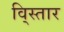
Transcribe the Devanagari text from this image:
वि्स्तार